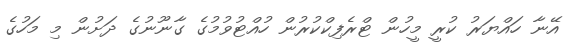
އޭނާ ހައްޔަރު ކުރީ މީހުން ޓްރެފިކްކުރުން ހުއްޓުވުމުގެ ގާނޫނުގެ ދަށުން މި މަހުގެ